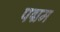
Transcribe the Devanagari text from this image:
पद्मम